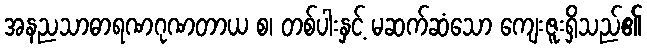
အနညသာဓာရဏဂုဏတာယ စ၊ တစ်ပါးနှင့် မဆက်ဆံသော ကျေးဇူးရှိသည်၏